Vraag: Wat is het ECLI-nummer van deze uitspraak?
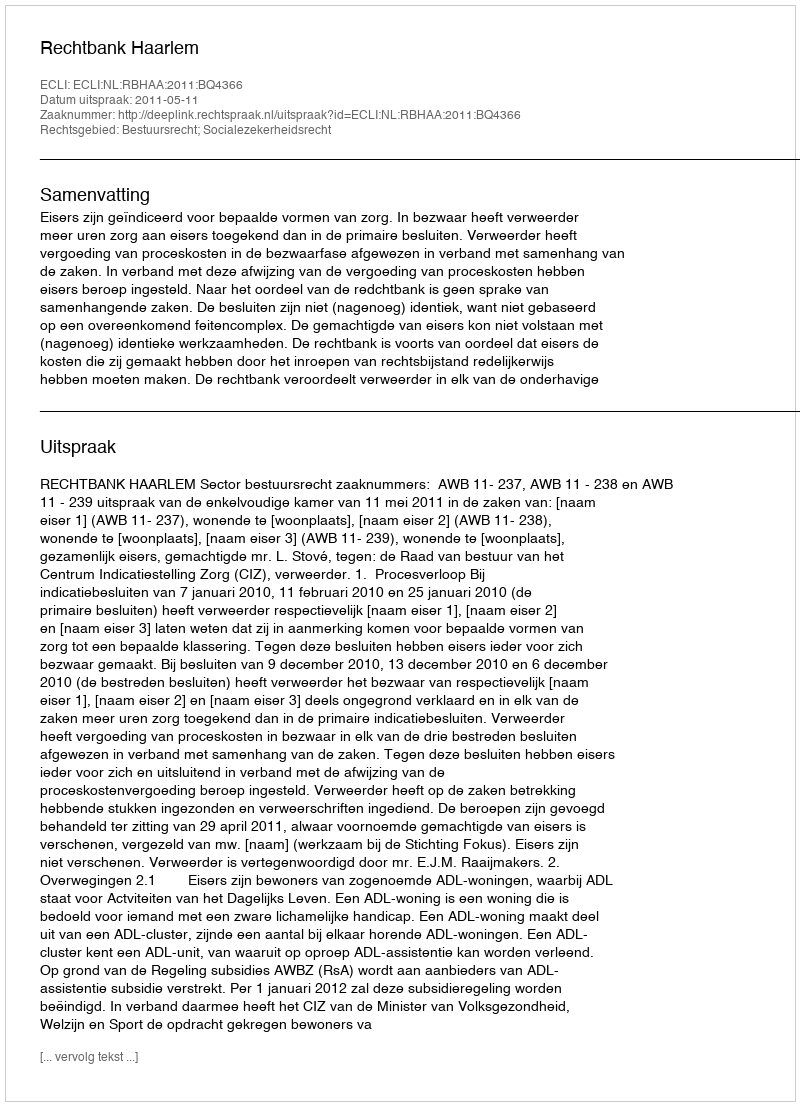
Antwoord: ECLI:NL:RBHAA:2011:BQ4366